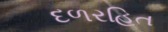
દળરહિત